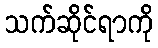
သက်ဆိုင်ရာကို